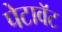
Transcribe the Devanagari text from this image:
पेटावॅट